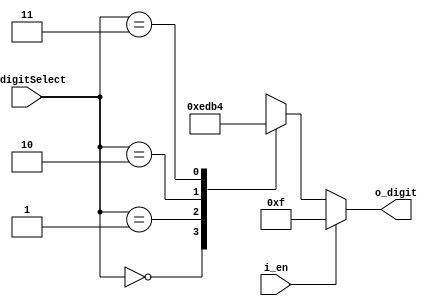
`timescale 1ns / 1ps

module FND_Select_Decoder(i_digitSelect,i_en,o_digit);
input [1:0] i_digitSelect;
input i_en;
output [3:0]o_digit;
//input output  wire type ( )

reg[3:0] r_digit; //  

assign o_digit = r_digit; // rdigit odigit  

always @(i_digitSelect, i_en) begin//   ()  .
    
    if(i_en) begin
        r_digit = 4'b1111;
    end
    
    else begin
        
        case (i_digitSelect)
            2'h0 :r_digit = 4'b1110;
            2'h1 :r_digit = 4'b1101;
            2'h2 :r_digit = 4'b1011;
            2'h3 :r_digit = 4'b0100;
        endcase         
    
    end

end
endmodule